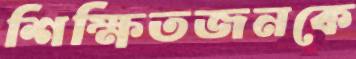
শিক্ষিতজনকে